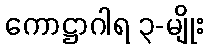
ကောဋ္ဌာဂါရ ၃-မျိုး